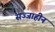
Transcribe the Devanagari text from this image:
सज्जाहीन